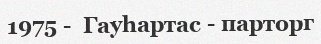
1975 -  Гауһартас - парторг